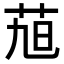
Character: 𮎴